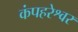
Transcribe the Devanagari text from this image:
कंपहरेश्वर